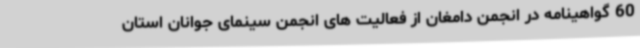
60 گواهینامه در انجمن دامغان از فعالیت های انجمن سینمای جوانان استان